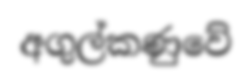
අගුල්කණුවේ